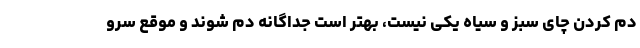
دم کردن چای سبز و سیاه یکی نیست، بهتر است جداگانه دم شوند و موقع سرو